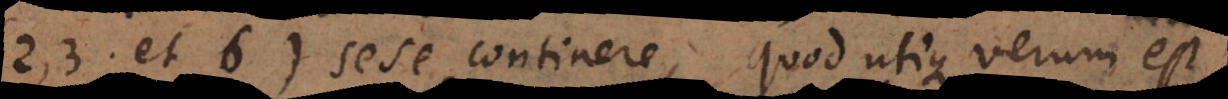
(2, 3 et 6) sese continere, quod utique verum est,